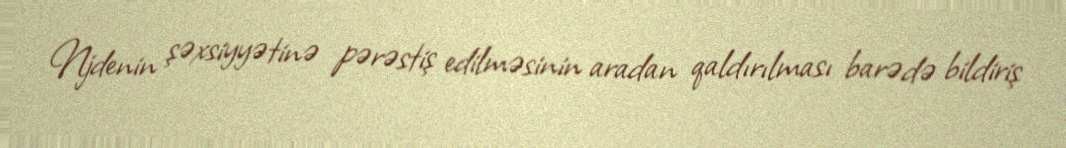
Njdenin şəxsiyyətinə pərəstiş edilməsinin aradan qaldırılması barədə bildiriş